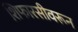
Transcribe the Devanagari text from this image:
शिफारसीवरून